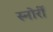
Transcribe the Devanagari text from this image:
स्नोर्री